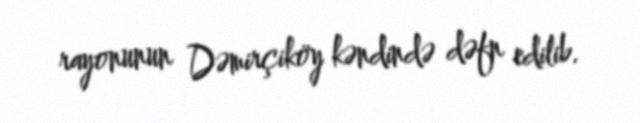
rayonunun Dəmirçiköy kəndində dəfn edilib.